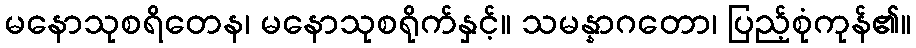
မနောသုစရိတေန၊ မနောသုစရိုက်နှင့်။ သမန္နာဂတော၊ ပြည့်စုံကုန်၏။